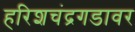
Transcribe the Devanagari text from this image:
हरिशचंद्रगडावर